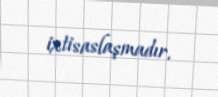
ixtisaslaşmadır.